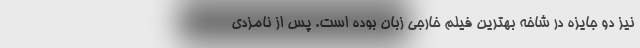
نیز دو جایزه در شاخه بهترین فیلم خارجی زبان بوده است. پس از نامزدی